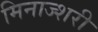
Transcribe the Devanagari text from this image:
मिनाज्शरी